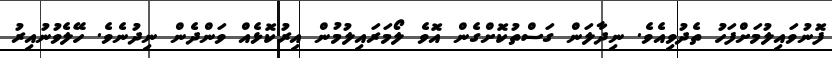
ފޮނުވައިލުމަށްފަހު ތެދުވިއެވެ. ނިދާލަން ގަސްތުކޮށްގެން އޮވެ ލޯމަރައިލުމުން އިރުކޮޅެއް ވަންދެން ނިދުނެވެ. ހޭލެވުނުއިރު